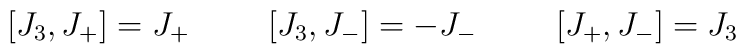
[J_3,J_+] = J_+ \hspace{1cm} [J_3,J_-] = -J_{-} \hspace{1cm}[J_+,J_{-}] = J_3